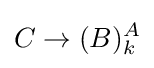
C\rightarrow (B)_{k}^{A}